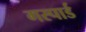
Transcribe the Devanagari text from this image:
गस्पार्ड